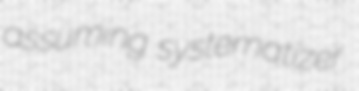
assuming systematizer